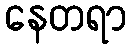
နေတရာ